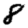
Digit: 8